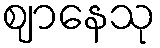
ဈာနေသု